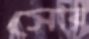
সোর